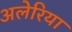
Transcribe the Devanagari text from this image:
अलेरिया